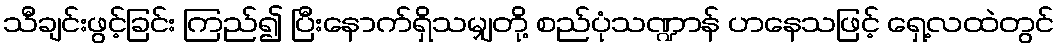
သီချင်းဖွင့်ခြင်း ကြည်၍ ပြီးနောက်ရှိသမျှတို့ စည်ပုံသဏ္ဍာန် ဟနေသဖြင့် ရှေ့လထဲတွင်